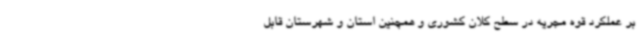
بر عملکرد قوه مجریه در سطح کلان کشوری و همچنین استان و شهرستان قابل